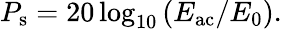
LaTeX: P_{\mathrm{s}}=20\log_{10}\left(E_{\mathrm{ac}}/E_{0}\right).